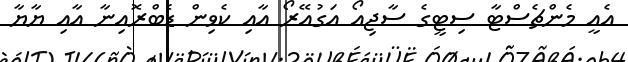
އެއީ މެންޗެސްޓާ ސިޓީގެ ސާޖިއޯ އަގުއޭރޯ އާއި ކެވިން ޑެބްރޮއިނާ އާއި ޔާޔާ